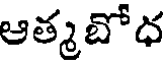
ఆత్మటోధ